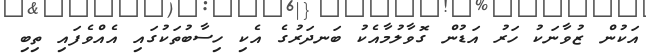
އަކުން ޒުވާނަކު ހަރު އަޑުން ގޮވާލުމާއެކު ބަނދަރުގެ އެކި ހިސާބުތަކުގައި އެއްވެފައި ތިބި